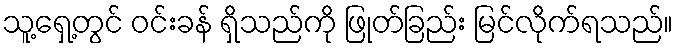
သူ့ရှေ့တွင် ဝင်းခန် ရှိသည်ကို ဖြုတ်ခြည်း မြင်လိုက်ရသည်။